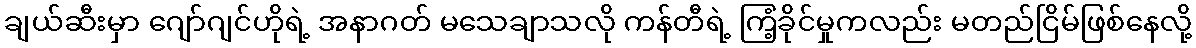
ချယ်ဆီးမှာ ဂျော်ဂျင်ဟိုရဲ့ အနာဂတ် မသေချာသလို ကန်တီရဲ့ ကြံ့ခိုင်မှုကလည်း မတည်ငြိမ်ဖြစ်နေလို့